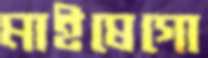
মাইষেগো